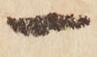
一